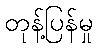
တုန့်ပြန်မှု